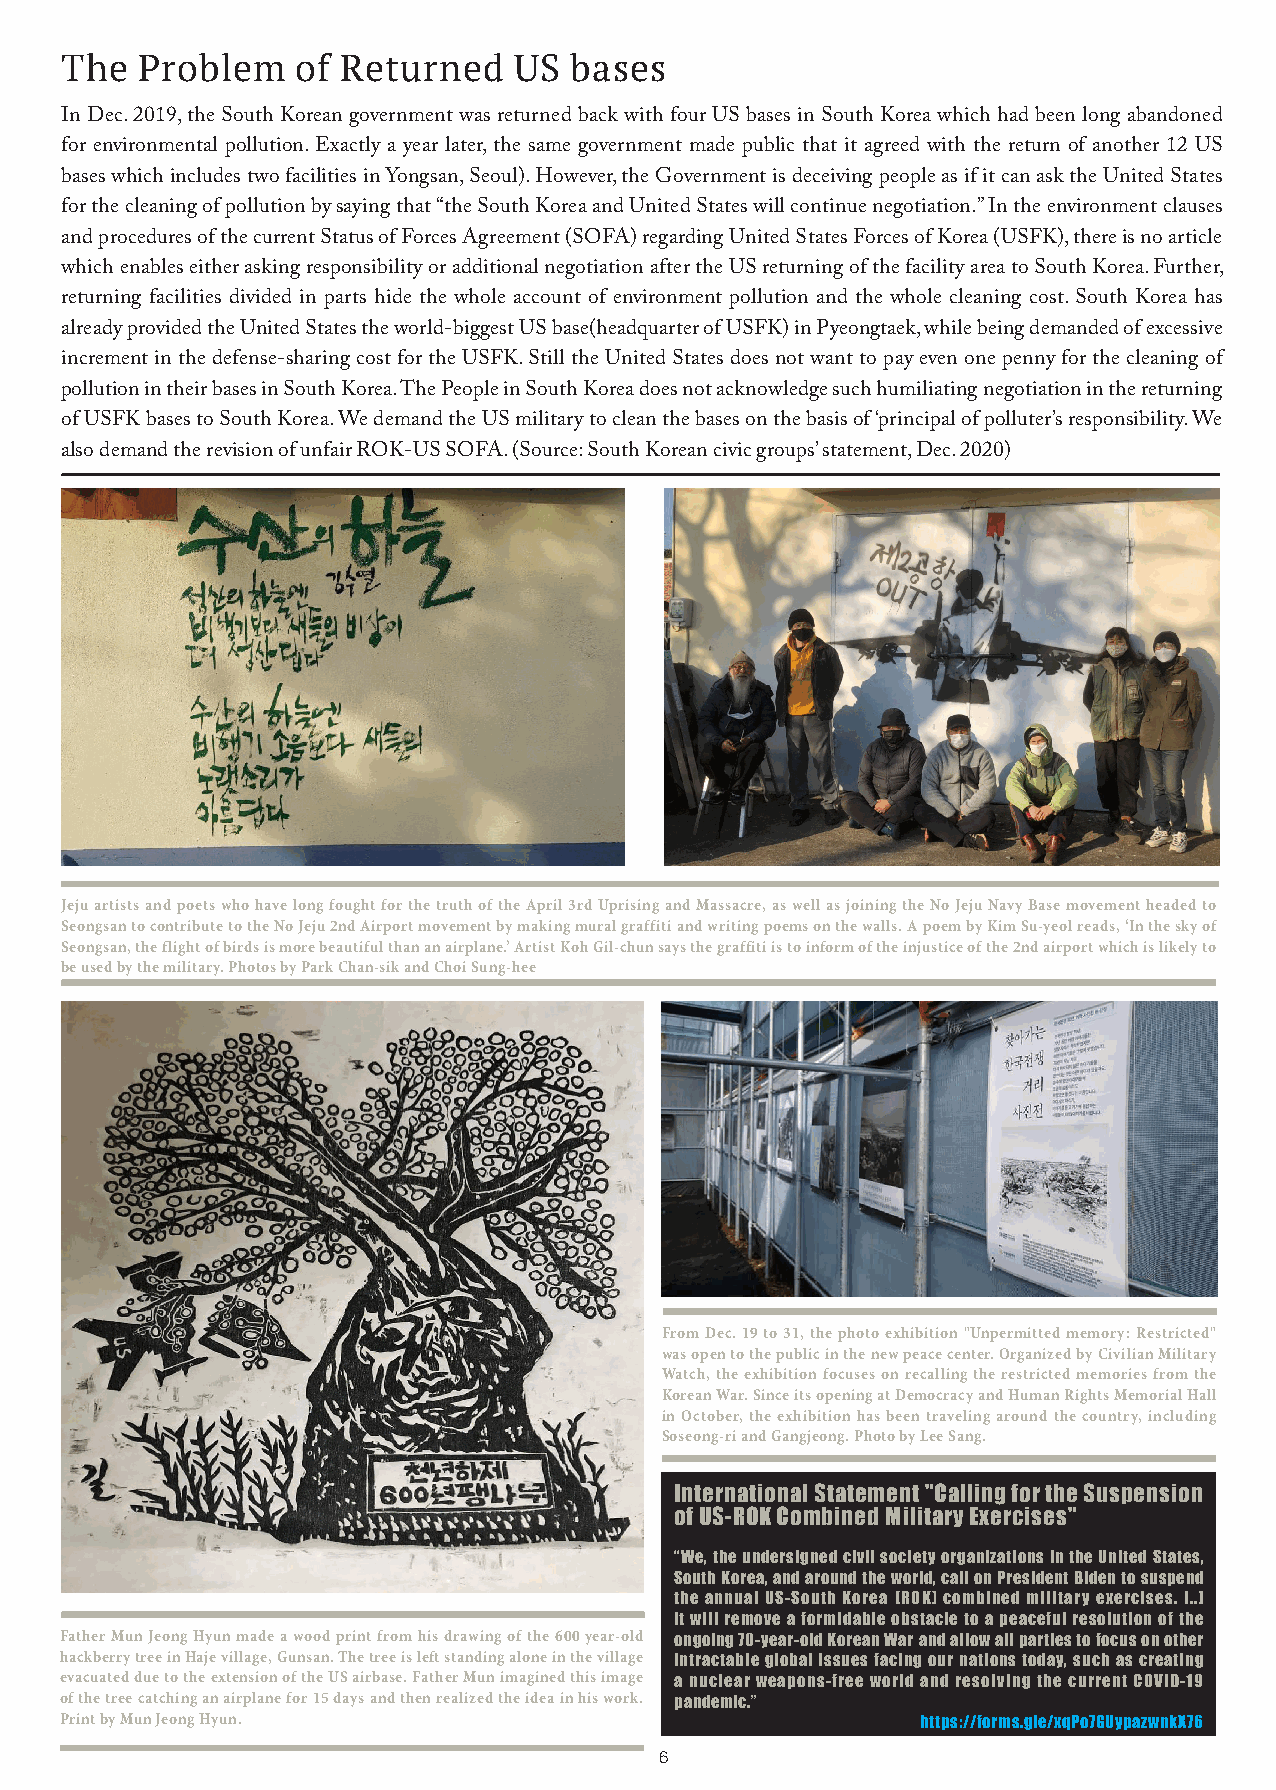
The  Problem    of Returned   US  bases
 In Dec. 2019, the South Korean government was returned back with four US bases in South Korea which had been long abandoned
 for environmental pollution. Exactly a year later, the same government made public that it agreed with the return of another 12 US
 bases which includes two facilities in Yongsan, Seoul). However, the Government is deceiving people as if it can ask the United States
 for the cleaning of pollution by saying that “the South Korea and United States will continue negotiation.” In the environment clauses
 and procedures of the current Status of Forces Agreement (SOFA) regarding United States Forces of Korea (USFK), there is no article
 which enables either asking responsibility or additional negotiation after the US returning of the facility area to South Korea. Further,
 returning facilities divided in parts hide the whole account of environment pollution and the whole cleaning cost. South Korea has
 already provided the United States the world-biggest US base(headquarter of USFK) in Pyeongtaek, while being demanded of excessive
 increment in the defense-sharing cost for the USFK. Still the United States does not want to pay even one penny for the cleaning of
 pollution in their bases in South Korea. The People in South Korea does not acknowledge such humiliating negotiation in the returning
 of USFK bases to South Korea. We demand the US military to clean the bases on the basis of ‘principal of polluter’s responsibility. We
 also demand the revision of unfair ROK-US SOFA. (Source: South Korean civic groups’ statement, Dec. 2020)
 Jeju artists and poets who have long fought for the truth of the April 3rd Uprising and Massacre, as well as joining the No Jeju Navy Base movement headed to
 Seongsan to contribute to the No Jeju 2nd Airport movement by making mural graffiti and writing poems on the walls. A poem by Kim Su-yeol reads, ‘In the sky of
 Seongsan, the flight of birds is more beautiful than an airplane.’ Artist Koh Gil-chun says the graffiti is to inform of the injustice of the 2nd airport which is likely to
 be used by the military. Photos by Park Chan-sik and Choi Sung-hee
 From Dec. 19 to 31, the photo exhibition "Unpermitted memory: Restricted"
 was open to the public in the new peace center. Organized by Civilian Military
 Watch, the exhibition focuses on recalling the restricted memories from the
 Korean War. Since its opening at Democracy and Human Rights Memorial Hall
 in October, the exhibition has been traveling around the country, including
 Soseong-ri and Gangjeong. Photo by Lee Sang.
 International Statement "Calling for the Suspension
 of US-ROK Combined Military Exercises"
 “We, the undersigned civil society organizations in the United States,
 South Korea, and around the world, call on President Biden to suspend
 the annual US-South Korea (ROK) combined military exercises. [..]
 It will remove a formidable obstacle to a peaceful resolution of the
 Father Mun Jeong Hyun made a wood print from his drawing of the 600 year-old ongoing 70-year-old Korean War and allow all parties to focus on other
 hackberry tree in Haje village, Gunsan. The tree is left standing alone in the village intractable global issues facing our nations today, such as creating
 evacuated due to the extension of the US airbase. Father Mun imagined this image a nuclear weapons-free world and resolving the current COVID-19
 of the tree catching an airplane for 15 days and then realized the idea in his work. pandemic.”
 Print by Mun Jeong Hyun.                                 https://forms.gle/xqPo7GUypazwnkX76
 6